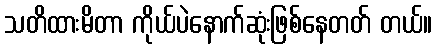
သတိထားမိတာ ကိုယ်ပဲနောက်ဆုံးဖြစ်နေတတ် တယ်။